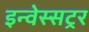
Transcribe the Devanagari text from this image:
इन्वेस्सट्रर